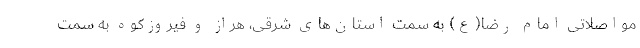
مواصلاتی امام رضا(ع) به سمت استان‌های شرقی، هراز و فیروزکوه به سمت